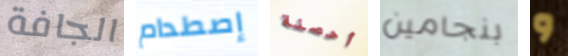
الجافة إصطدام أحصنة بنجامين و